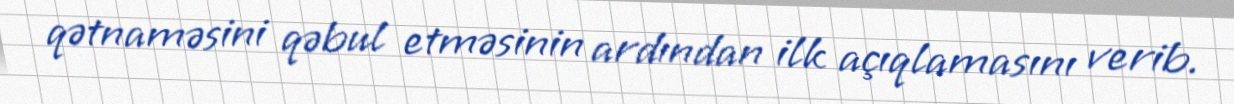
qətnaməsini qəbul etməsinin ardından ilk açıqlamasını verib.